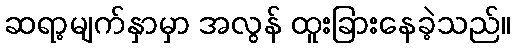
ဆရာ့မျက်နှာမှာ အလွန် ထူးခြားနေခဲ့သည်။